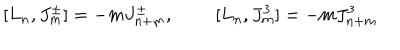
[ L _ { n } , J _ { m } ^ { \pm } ] = - m J _ { n + m } ^ { \pm } , \; \; [ L _ { n } , J _ { m } ^ { 3 } ] = - m J _ { n + m } ^ { 3 }